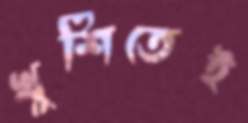
খুশিতেই